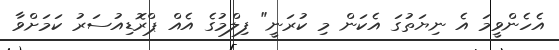
އެހެންވީމަ އެ ނިޔަތުގަ އެކަން މި ކުރަނީ" ފިލްމުގެ އެއް ޕްރޮޑިއުސަރު ކަމަށްވާ